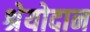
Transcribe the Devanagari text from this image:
श्रेयोदान